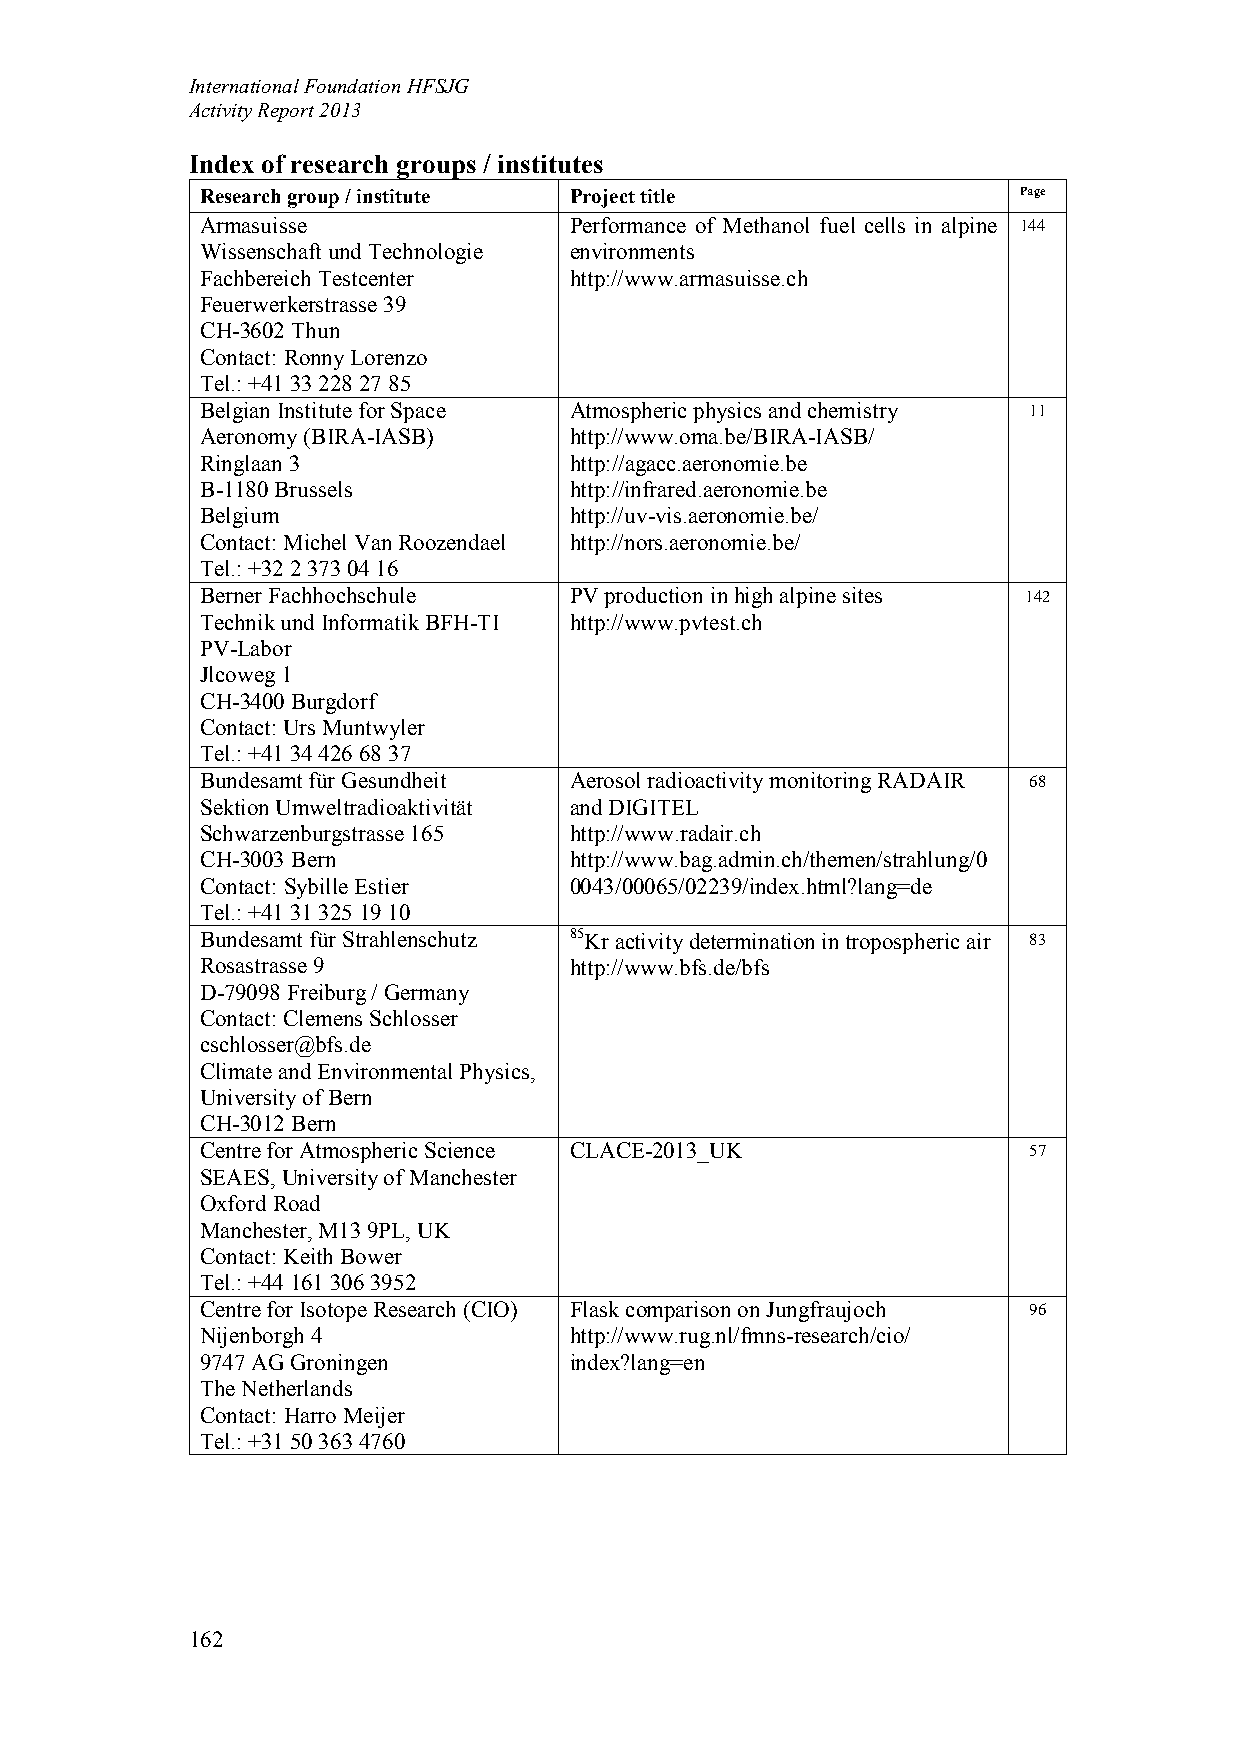
International Foundation HFSJG
 Activity Report 2013
 Index of research groups / institutes
 Research group / institute Project title              Page
 Armasuisse               Performance of Methanol fuel cells in alpine 144
 Wissenschaft und Technologie environments
 Fachbereich Testcenter   http://www.armasuisse.ch
 Feuerwerkerstrasse 39
 CH-3602 Thun
 Contact: Ronny Lorenzo
 Tel.: +41 33 228 27 85
 Belgian Institute for Space Atmospheric physics and chemistry 11
 Aeronomy (BIRA-IASB)     http://www.oma.be/BIRA-IASB/
 Ringlaan 3               http://agacc.aeronomie.be
 B-1180 Brussels          http://infrared.aeronomie.be
 Belgium                  http://uv-vis.aeronomie.be/
 Contact: Michel Van Roozendael http://nors.aeronomie.be/
 Tel.: +32 2 373 04 16
 Berner Fachhochschule    PV production in high alpine sites 142
 Technik und Informatik BFH-TI http://www.pvtest.ch
 PV-Labor
 Jlcoweg 1
 CH-3400 Burgdorf
 Contact: Urs Muntwyler
 Tel.: +41 34 426 68 37
 Bundesamt für Gesundheit Aerosol radioactivity monitoring RADAIR 68
 Sektion Umweltradioaktivität and DIGITEL
 Schwarzenburgstrasse 165 http://www.radair.ch
 CH-3003 Bern             http://www.bag.admin.ch/themen/strahlung/0
 Contact: Sybille Estier  0043/00065/02239/index.html?lang=de
 Tel.: +41 31 325 19 10
 Bundesamt für Strahlenschutz 85Kr activity determination in tropospheric air 83
 Rosastrasse 9            http://www.bfs.de/bfs
 D-79098 Freiburg / Germany
 Contact: Clemens Schlosser
 cschlosser@bfs.de
 Climate and Environmental Physics,
 University of Bern
 CH-3012 Bern
 Centre for Atmospheric Science CLACE-2013_UK           57
 SEAES, University of Manchester
 Oxford Road
 Manchester, M13 9PL, UK
 Contact: Keith Bower
 Tel.: +44 161 306 3952
 Centre for Isotope Research (CIO) Flask comparison on Jungfraujoch 96
 Nijenborgh 4             http://www.rug.nl/fmns-research/cio/
 9747 AG Groningen        index?lang=en
 The Netherlands
 Contact: Harro Meijer
 Tel.: +31 50 363 4760
 162